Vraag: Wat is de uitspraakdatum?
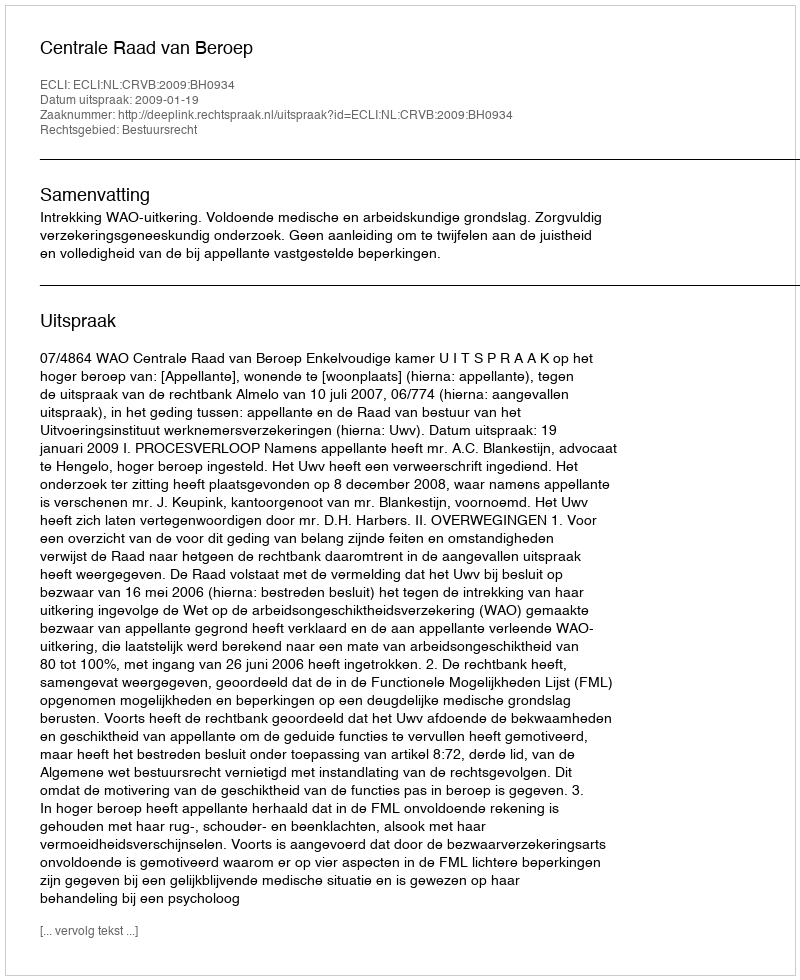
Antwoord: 2009-01-19